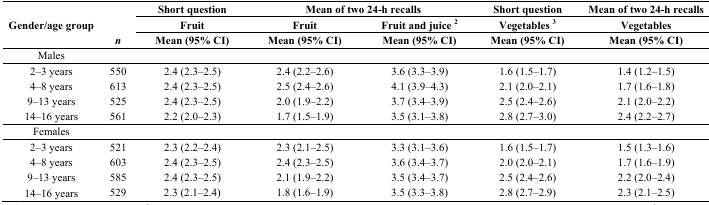
<table><thead><tr><td rowspan="3"><b>Gender/age group</b></td><td></td><td><b>Short question</b></td><td colspan="2"><b>Mean of two 24-h recalls</b></td><td><b>Short question</b></td><td><b>Mean of two 24-h recalls</b></td></tr><tr><td></td><td><b>Fruit</b></td><td><b>Fruit</b></td><td><b>Fruit and juice <sup>2</sup></b></td><td><b>Vegetables <sup>3</sup></b></td><td><b>Vegetables</b></td></tr><tr><td><b><i>n</i></b></td><td><b>Mean (95% CI) </b></td><td><b>Mean (95% CI)</b></td><td><b>Mean (95% CI)</b></td><td><b>Mean (95% CI)</b></td><td><b>Mean (95% CI)</b></td></tr></thead><tbody><tr><td>Males</td><td></td><td></td><td></td><td></td><td></td><td></td></tr><tr><td>2–3 years</td><td>550</td><td>2.4 (2.3–2.5)</td><td>2.4 (2.2–2.6)</td><td>3.6 (3.3–3.9)</td><td>1.6 (1.5–1.7)</td><td>1.4 (1.2–1.5)</td></tr><tr><td>4–8 years</td><td>613 </td><td>2.4 (2.3–2.5)</td><td>2.5 (2.4–2.6)</td><td>4.1 (3.9–4.3)</td><td>2.1 (2.0–2.1)</td><td>1.7 (1.6–1.8)</td></tr><tr><td>9–13 years</td><td>525</td><td>2.4 (2.3–2.5)</td><td>2.0 (1.9–2.2)</td><td>3.7 (3.4–3.9)</td><td>2.5 (2.4–2.6)</td><td>2.1 (2.0–2.2)</td></tr><tr><td>14–16 years</td><td>561</td><td>2.2 (2.0–2.3)</td><td>1.7 (1.5–1.9)</td><td>3.5 (3.1–3.8)</td><td>2.8 (2.7–3.0)</td><td>2.4 (2.2–2.7)</td></tr><tr><td>Females</td><td></td><td></td><td></td><td></td><td></td><td></td></tr><tr><td>2–3 years</td><td>521</td><td>2.3 (2.2–2.4)</td><td>2.3 (2.1–2.5)</td><td>3.3 (3.1–3.6)</td><td>1.6 (1.5–1.7)</td><td>1.5 (1.3–1.6)</td></tr><tr><td>4–8 years</td><td>603</td><td>2.4 (2.3–2.5)</td><td>2.4 (2.3–2.5)</td><td>3.6 (3.4–3.7)</td><td>2.0 (2.0–2.1)</td><td>1.7 (1.6–1.9)</td></tr><tr><td>9–13 years</td><td>585 </td><td>2.4 (2.3–2.5)</td><td>2.1 (1.9–2.2)</td><td>3.5 (3.4–3.7)</td><td>2.5 (2.4–2.6)</td><td>2.2 (2.0–2.4)</td></tr><tr><td>14–16 years</td><td>529</td><td>2.3 (2.1–2.4)</td><td>1.8 (1.6–1.9)</td><td>3.5 (3.3–3.8)</td><td>2.8 (2.7–2.9)</td><td>2.3 (2.1–2.5)</td></tr></tbody></table>